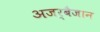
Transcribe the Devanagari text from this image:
अजर्बैजान